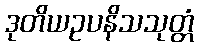
ဒုတိယဥပနိသသုတ္တံ